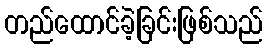
တည်ထောင်ခဲ့ခြင်းဖြစ်သည်